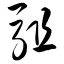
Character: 驵